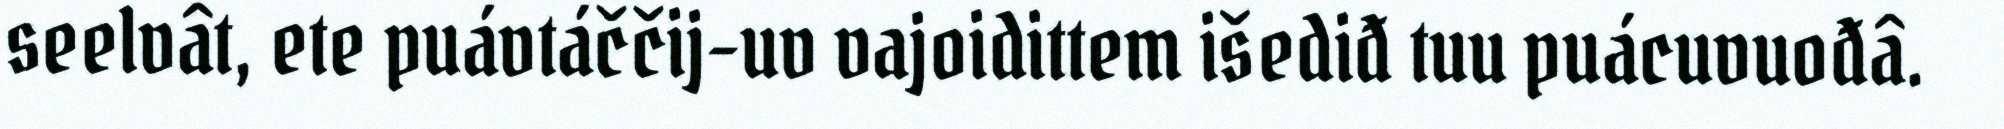
seelvât, ete puávtáččij-uv vajoidittem išediđ tuu puácuvuođâ.